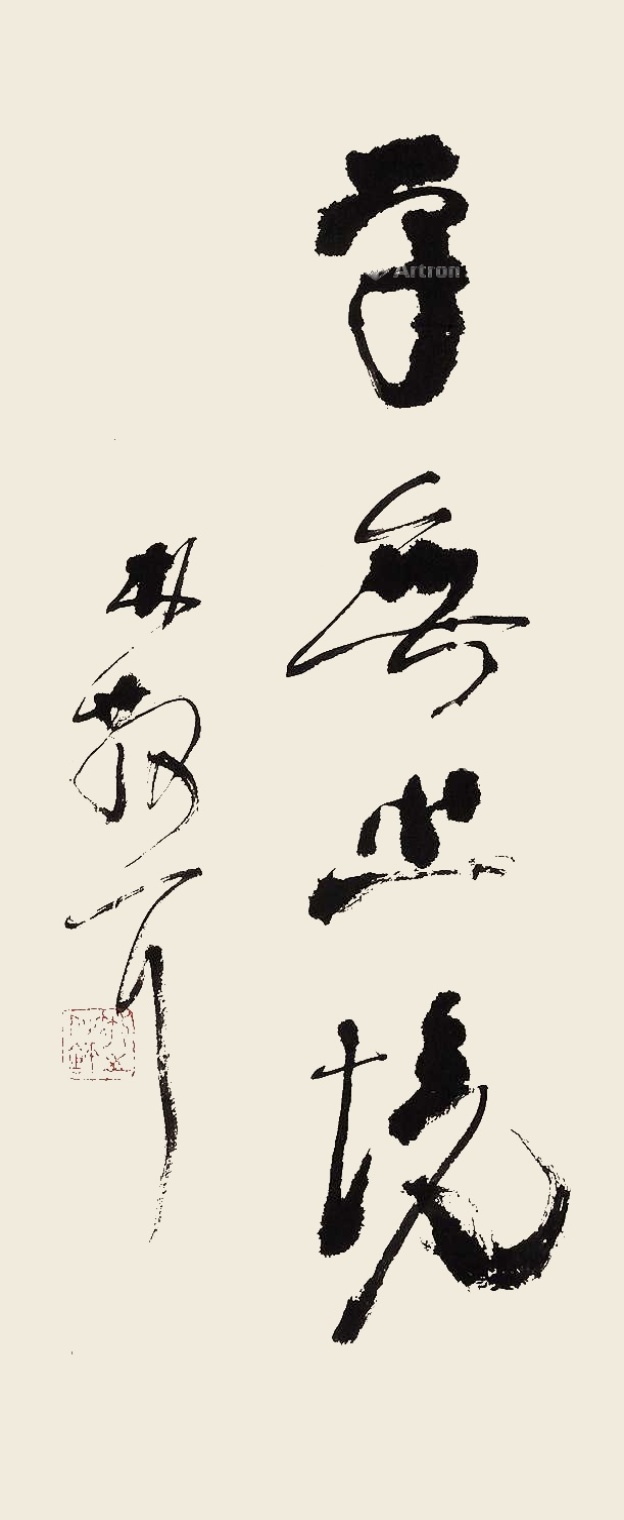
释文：学无止境林散之